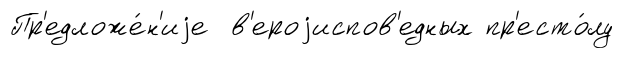
Пр'едложе́н'иjе в'ероjиспов'едных пр'есто́лу